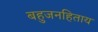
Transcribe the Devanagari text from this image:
बहुजनहिताय